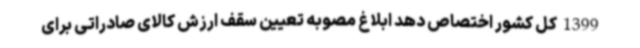
1399 کل کشور اختصاص دهد ابلاغ مصوبه تعیین سقف ارزش کالای صادراتی برای